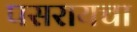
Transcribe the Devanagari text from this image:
पसरायचा